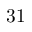
3 1